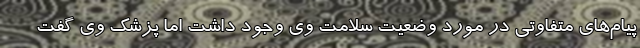
پیام‌های متفاوتی در مورد وضعیت سلامت وی وجود داشت اما پزشک وی گفت